Insane asylums in Bengal annual reports 1876-1887 - 1876-1887
Year: 1876
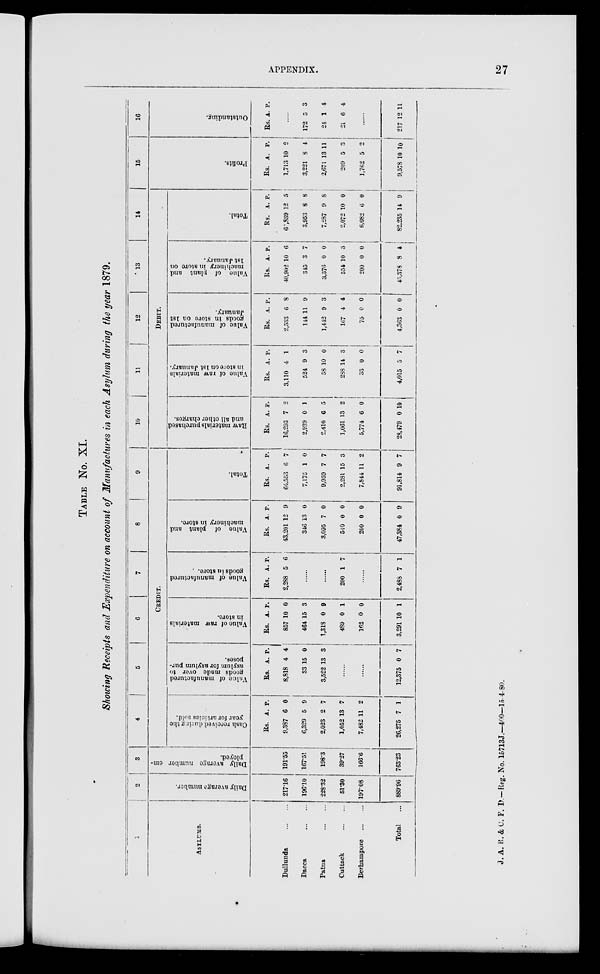
APPENDIX.
27
TABLE No. XI.
Showing Receipts and Expenditure on account of Manufactures in each Asylum during the year 1879.
1
ASYLUMS.
Dullunda ... ...
Dacca ... ...
Patna ... ...
Cuttack
...
...
Berhampore
...
...
Total ...
2
Daily average number.
217.16
196.10
228.32
51.30
197.08
889.96
3
Daily average number em-
ployed.
191.55
167.51
198.3
39.27
166.6
763.23
4
5
6
7
8
9
CREDIT.
Cash received during: the
year for articles sold.
Rs.
9,387
6,329
2,023
1,052
7,482
26,275
A.
6
5
2
13
11
7
P.
0
9
7
7
2
1
Value of manufactured
goods made over to
poses.
Rs.
8,818
33
3,522
A.
4
15
13
P.
4
0
3
......
......
12,375 0 7
Value of raw materials
in store.
Rs.
857
464
1,318
489
162
3,291
A.
10
15
0
0
0
10
P.
0
3
9
1
0
1
Value of manufactured
goods in store.
Rs.
2,288
A.
5
P.
6
......
......
200 1 7
......
2,488 7 1
Value of plant and
machinery in store.
Rs.
43,201
346
3,095
540
200
47,384
A.
12
13
7
0
0
0
P.
9
0
0
0
0
9
Total.
Rs.
64,553
7,175
9,959
2,281
7,844
91,814
A.
6
1
7
15
11
9
P.
7
0
7
3
2
7
10
11
12
13
14
Debit.
Raw materials purchased
and all other charges.
Rs.
16,293
2,939
2,410
1,061
5,774
28,479
A.
7
0
6
13
6
0
P.
2
1
5
2
0
10
Value of raw materials
in store on 1st January.
Rs.
3,110
524
58
288
33
4,015
A.
4
9
10
14
0
5
P.
1
3
0
3
0
7
Value of manufactured
goods in store on 1st
January.
Rs.
2,533
144
1,442
167
75
4,363
A.
6
11
9
4
0
0
P.
8
9
3
4
0
0
Value of plant and
machinery in store on
1st January.
Rs.
40,902
345
3,376
554
200
45,373
A.
10
3
0
10
0
8
P.
6
7
0
3
0
4
Total.
Rs.
62,839
3,953
7,287
2,072
6,082
82,235
A.
12
8
9
10
6
14
P.
5
8
8
0
0
9
15
Profits.
Rs.
1,713
3,221
2,671
209
1,762
9,578
A.
10
8
13
5
5
10
P.
2
4
11
3
2
10
16
Outstanding.
Rs A. P.
......
172
24
21
5
1
6
3
4
4
......
217 12 11
J. A. R. & C. F. D—Reg. No. 15713J.—400—15- 4-80.